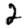
Digit: 2